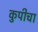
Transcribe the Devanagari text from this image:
कुपीचा